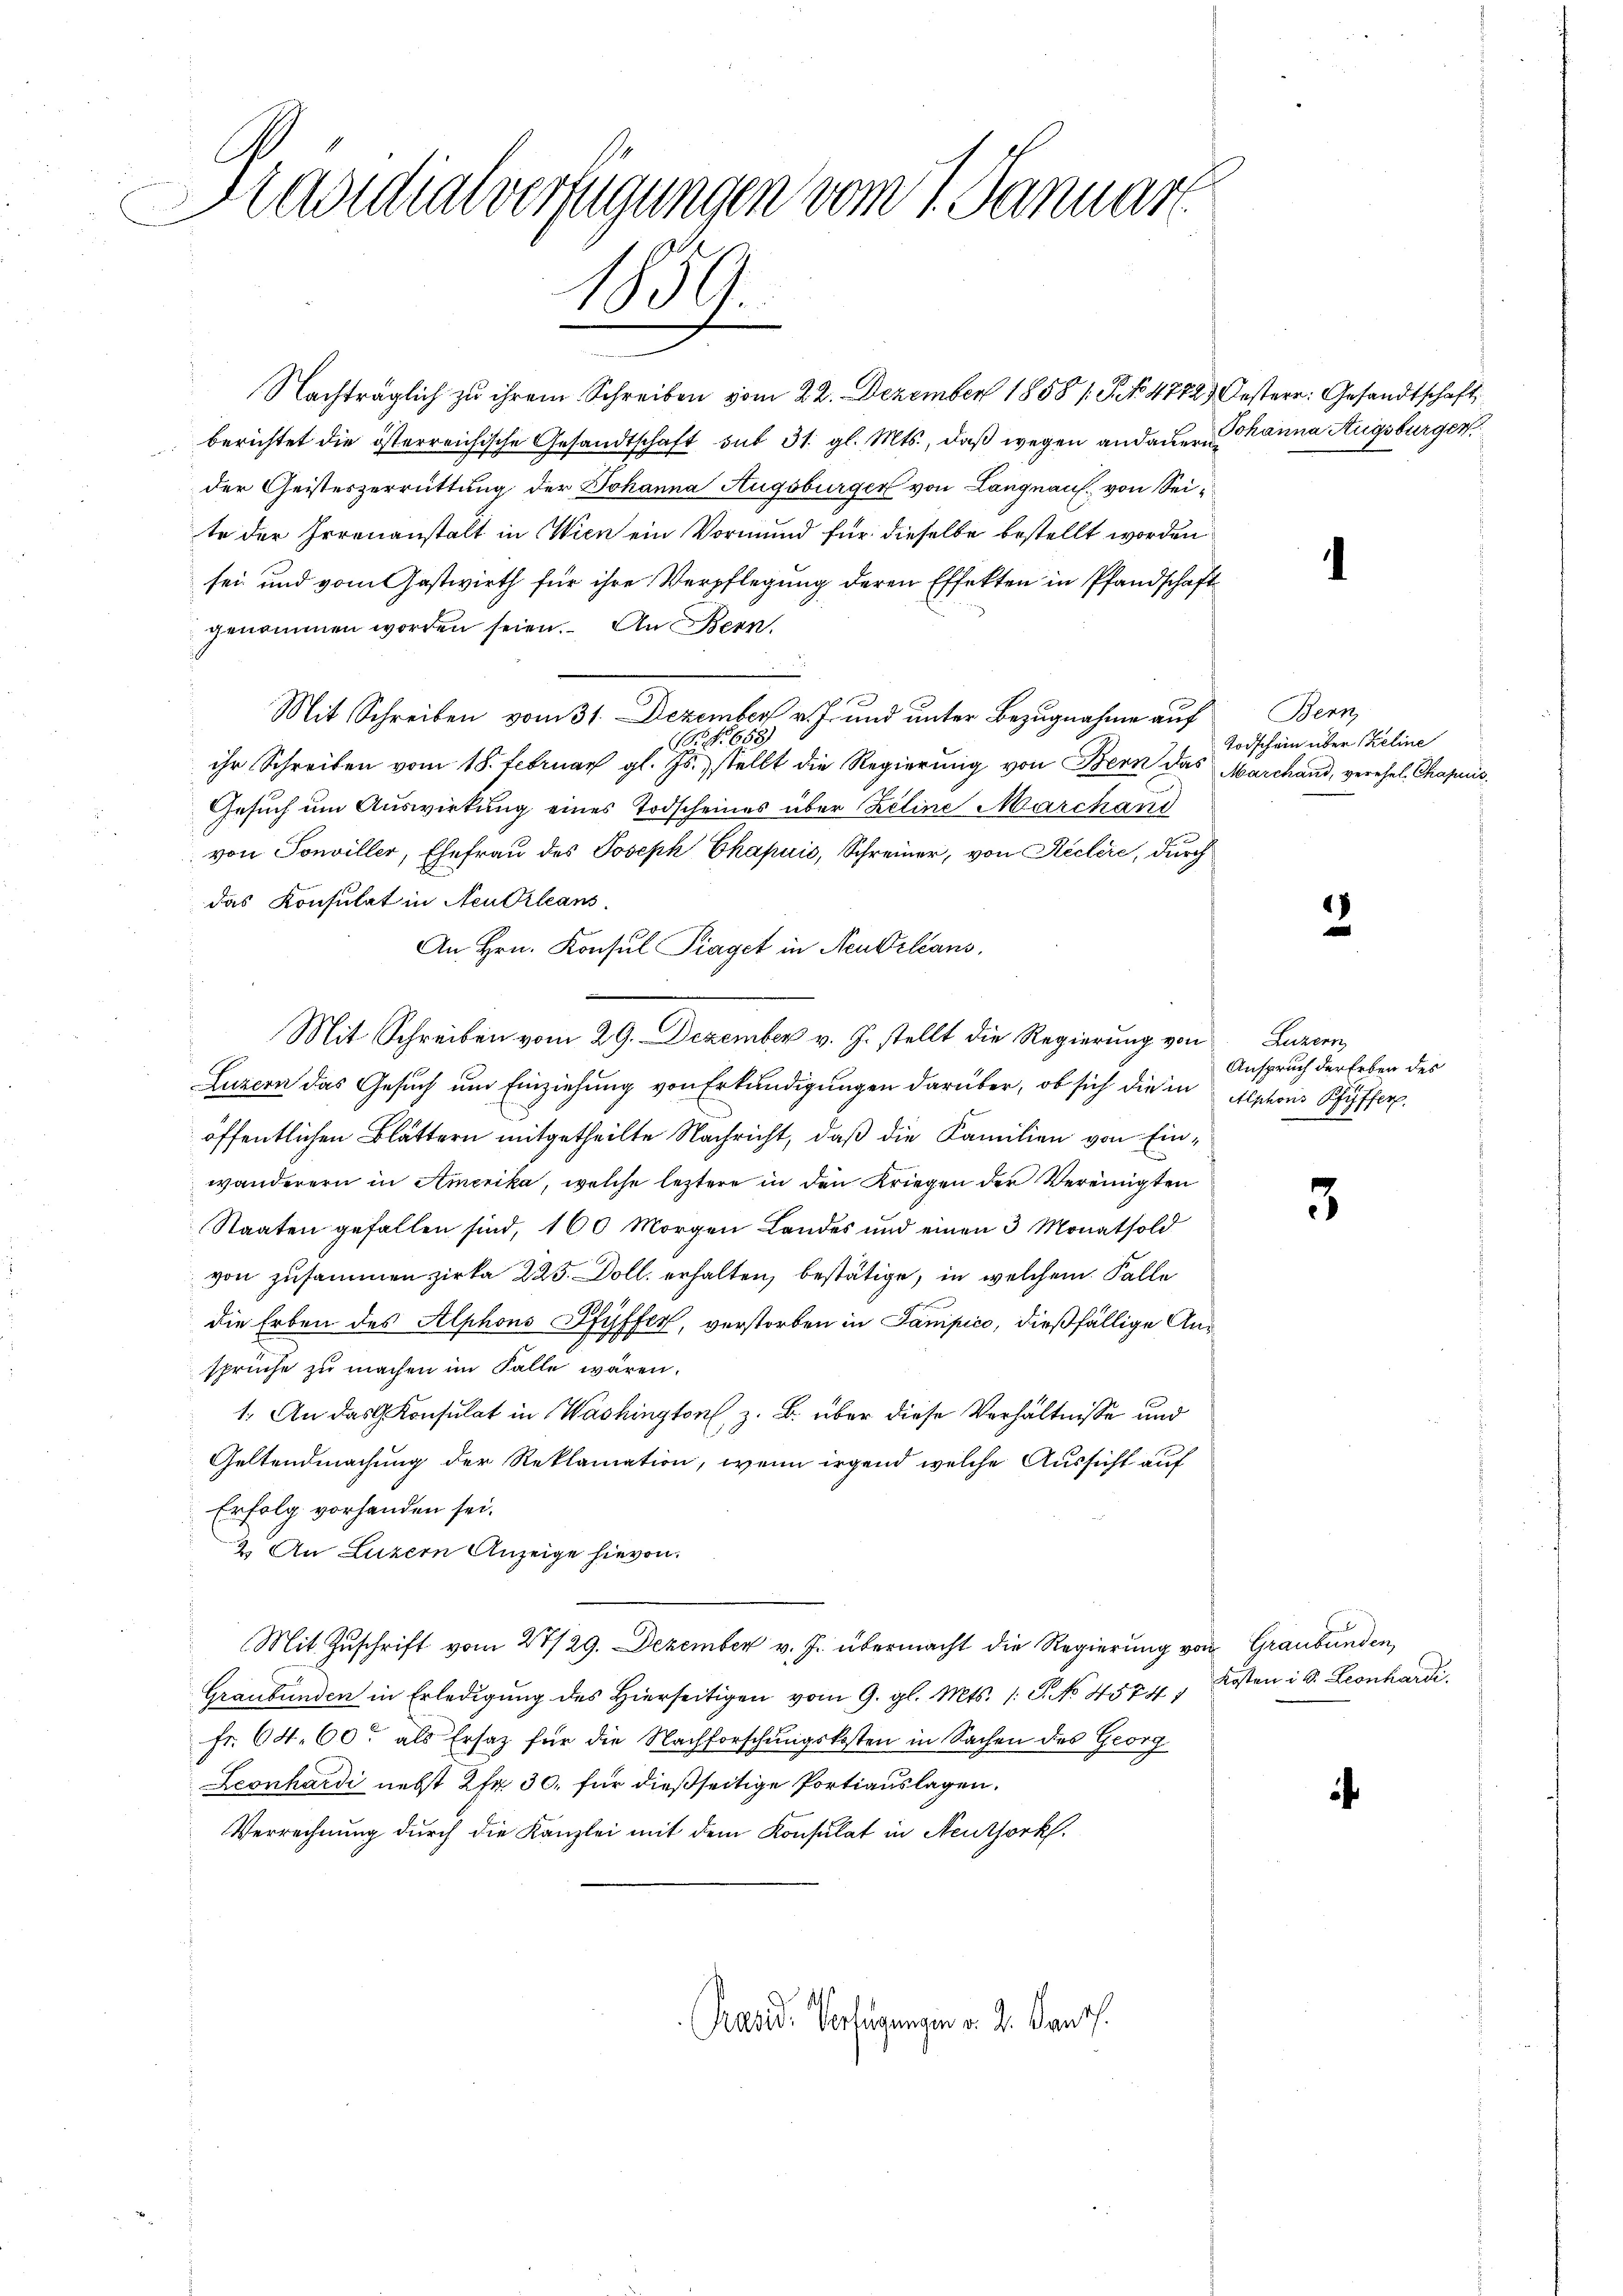
Hraditialverfügungen vom 1. Januart
d
1839.

Nachträglich zu ihrem Schreiben vom 22. Dezember 1858 s. S. 4772.
berichtet die österreichische Gesandtschaft sub 31. gl. Mts., daß wegen andauer
der Geisteszerrüttung der Johanna Augsburger von Langnauf von Seite der Irrenanstalt in Wien ein Vormund für dieselbe bestellt worden
sei und vom Gastwirth für ihre Verpflegung deren Effekten in Pfandschaft
genommen worden seien. An Bern,
Mit Schreiben vom 31. Dezember v. J. und unter Bezugnahme auf
.Nr. 658)
ihr Schreiben vom 18. Februar gl. Js. stellt die Regierung von Bern das Marchand, verehel. Chapuis
Gesuch um Auswirkung eines Todscheines über Zeline Marchand
von Tonviller, Ehefrau des Joseph Chapuis, Schreiner, von Reclire, durch
das Konsulat in Neutrleans
An Hrn. Konsul Piaget in Neubilans,
s
Mit Schreiben vom 29. Dezember v. J. stellt die Regierung von Luzern
Luzern das Gesuch um Einziehung von Erkundigungen darüber, ob sich die in
öffentlichen Blättern mitgetheilte Nachricht, daß die Familien von Einwanderern in Amerika, welche leztere in den Kriegen der Vereinigten
Staaten gefallen sind, 160 Morgen Landes und einen 3 Monatsold
von zusammen zirka 225. Doll. erhalten, bestätige, in welchem Falle
die Erben des Alphons Pfyffer, verstorben in Sampico, dießfällige Ansprüche zu machen im Falle wären.
1. An das Konsulat in Washington, z. B. über diese Verhältnisse und
Geltendmachung der Reklamation, wenn irgend welche Aussicht auf
Erfolg vorhanden sei.
2.) An Luzern Anzeige hievon
Mit Zuschrift vom 27/29. Dezember v. J. übermacht die Regierung von Graubünden,
Graubünden in Erledigŭng des hierseitigen vom 9. gl. Mts. /: P. No. 4574, Kosten i. Leonhardi.
fr. 64. 60 als Ersatz für die Nachforschungskosten in Sachen des Georg
Leonhardi nebst 2 Fr. 30. für dießseitige Portiauslagen.
Verrechnung durch die Kanzlei mit dem Konsulat in Neuthork.
Pand. Verfügungen d. d. Kants.

Oesterr. Gesandtschaft
Johanna Augsburger

.

Bern,
Todschein über Zeline

3

.

i

Anspruch der Erben des
Alphons Pfyffer